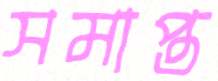
সমাপ্ত